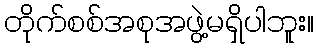
တိုက်စစ်အစုအဖွဲ့မရှိပါဘူး။